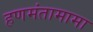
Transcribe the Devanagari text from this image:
हणमंतामामा